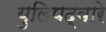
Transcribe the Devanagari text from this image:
युलिपद्वारे